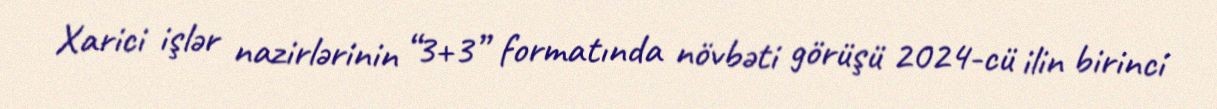
Xarici işlər nazirlərinin “3+3” formatında növbəti görüşü 2024-cü ilin birinci